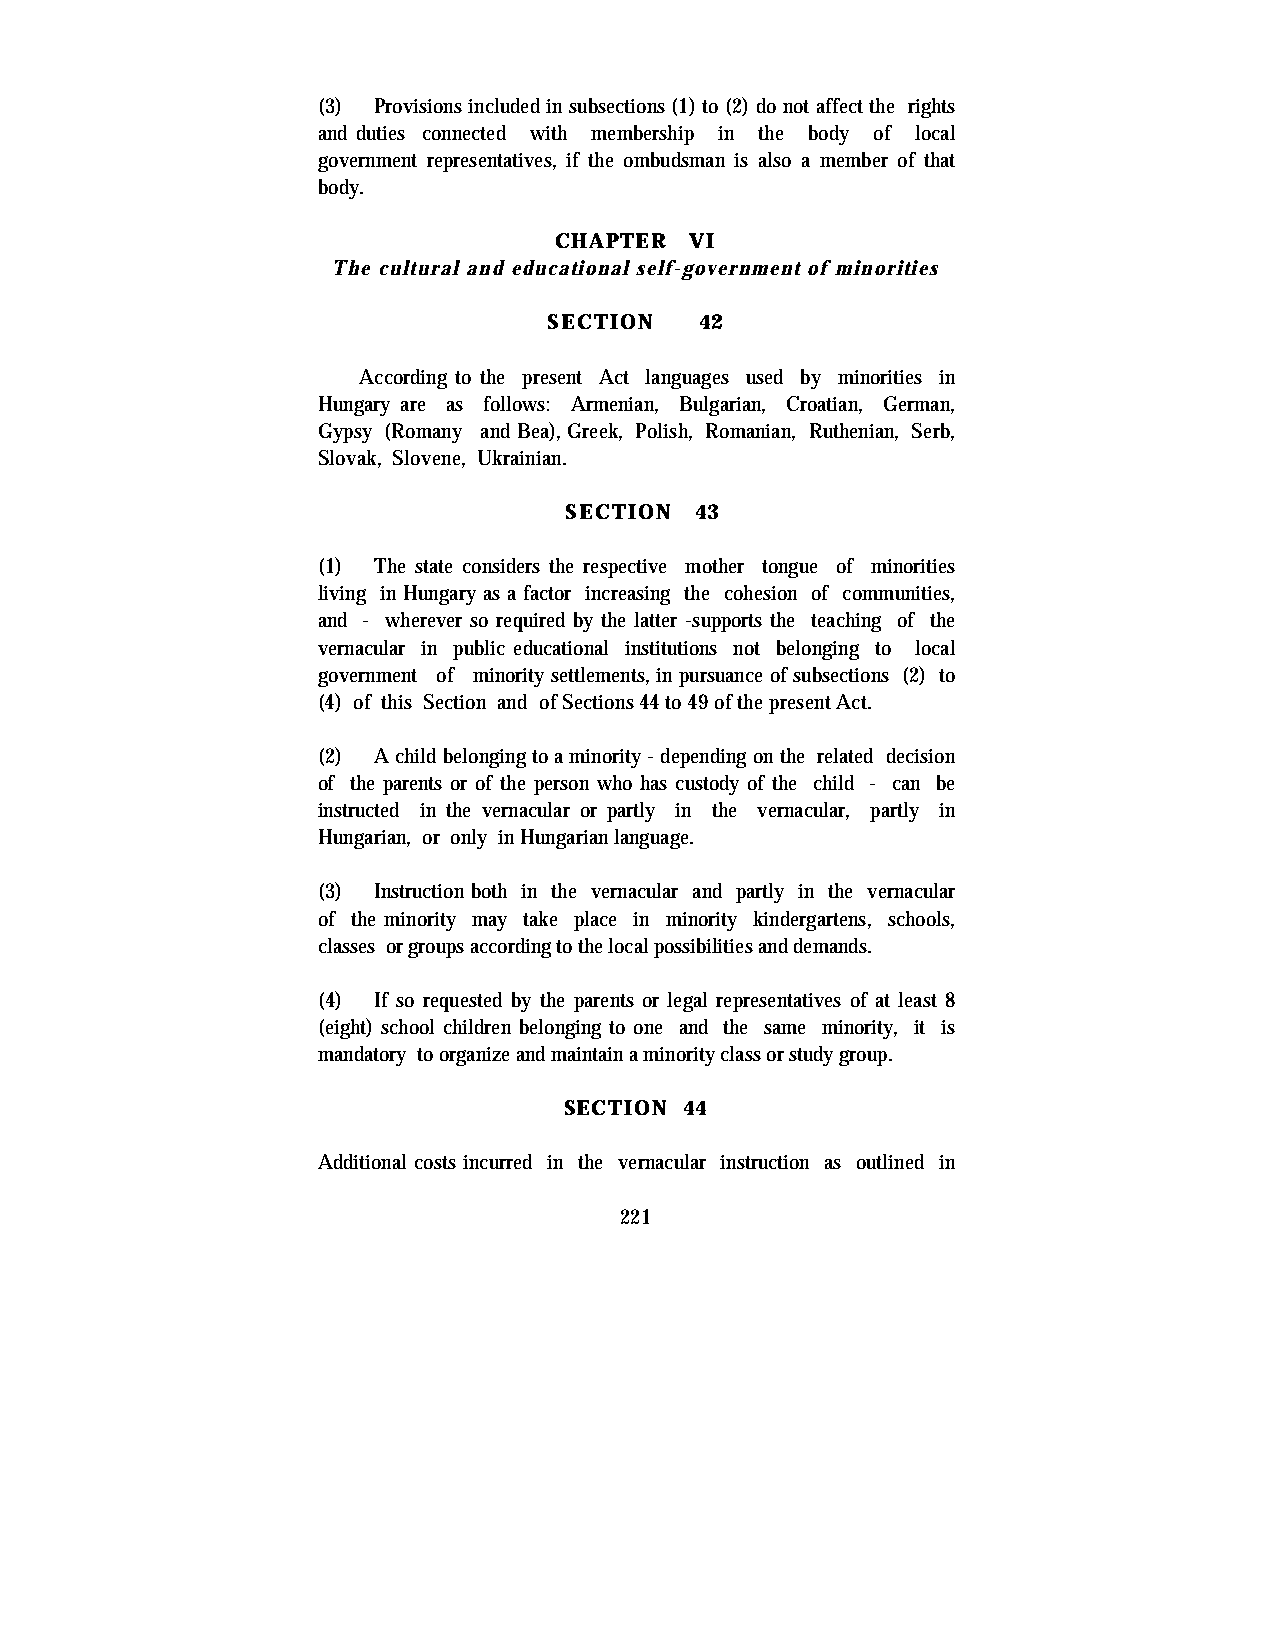
(3) Provisions included in subsections (1) to (2) do not affect the rights
 and duties connected with membership in the body of local
 government representatives, if the ombudsman is also a member of that
 body.
 CHAPTER  VI
 The cultural and educational self-government of minorities
 SECTION   42
 According to the present Act languages used by minorities in
 Hungary are as follows: Armenian, Bulgarian, Croatian, German,
 Gypsy (Romany and Bea), Greek, Polish, Romanian, Ruthenian, Serb,
 Slovak, Slovene, Ukrainian.
 SECTION  43
 (1) The state considers the respective mother tongue of minorities
 living in Hungary as a factor increasing the cohesion of communities,
 and - wherever so required by the latter -supports the teaching of the
 vernacular in public educational institutions not belonging to local
 government of minority settlements, in pursuance of subsections (2) to
 (4) of this Section and of Sections 44 to 49 of the present Act.
 (2) A child belonging to a minority - depending on the related decision
 of the parents or of the person who has custody of the child - can be
 instructed in the vernacular or partly in the vernacular, partly in
 Hungarian, or only in Hungarian language.
 (3) Instruction both in the vernacular and partly in the vernacular
 of the minority may take place in minority kindergartens, schools,
 classes or groups according to the local possibilities and demands.
 (4) If so requested by the parents or legal representatives of at least 8
 (eight) school children belonging to one and the same minority, it is
 mandatory to organize and maintain a minority class or study group.
 SECTION 44
 Additional costs incurred in the vernacular instruction as outlined in
 221